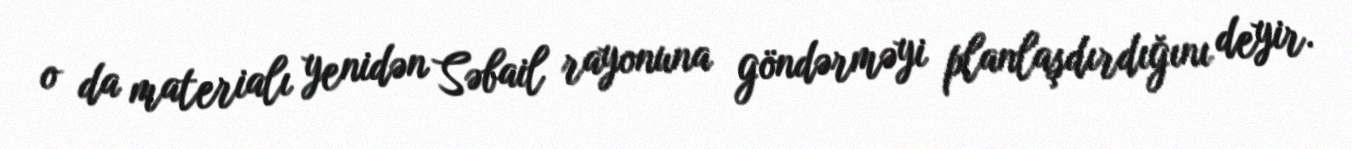
o da materialı yenidən Səbail rayonuna göndərməyi planlaşdırdığını deyir.